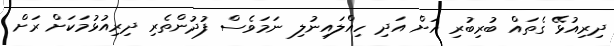
ދިރިއުޅޭ ގެތައް ބުރިބުރި އަށް އަދި ހިއްލައިނުލި ނަމަވެސް ފުދުންތެރި ދިރިއުޅުމަކަށް ރަށް